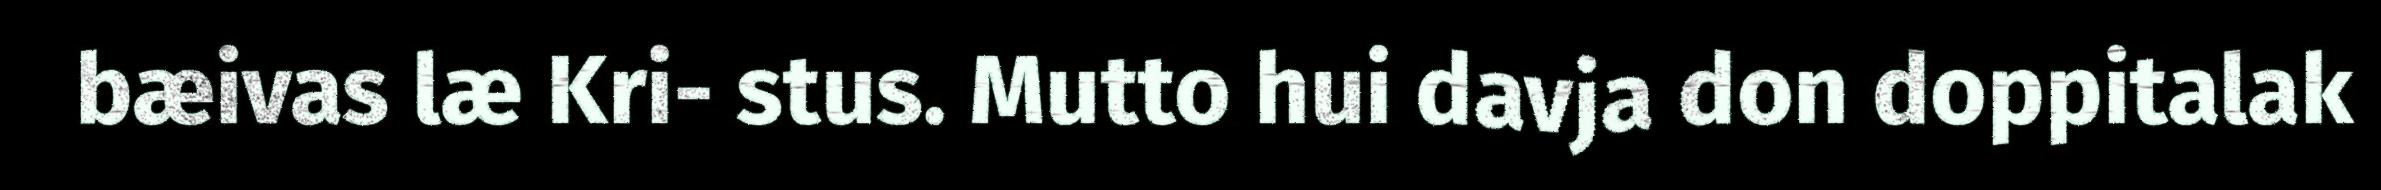
bæivas læ Kri- stus. Mutto hui davja don doppitalak